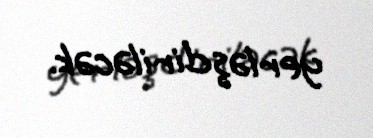
yerləşdiriləcək.